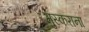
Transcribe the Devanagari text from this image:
मुस्कराना